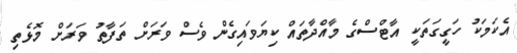
އެކަމަކު ހަގީގަތަކީ އާޓްސްގެ މާއްދާތައް ކިޔަވައިގެން ވެސް ވަރަށް ތަފާތު ވަރަށް މޮޅެތި